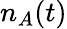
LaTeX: n_{A}(t)